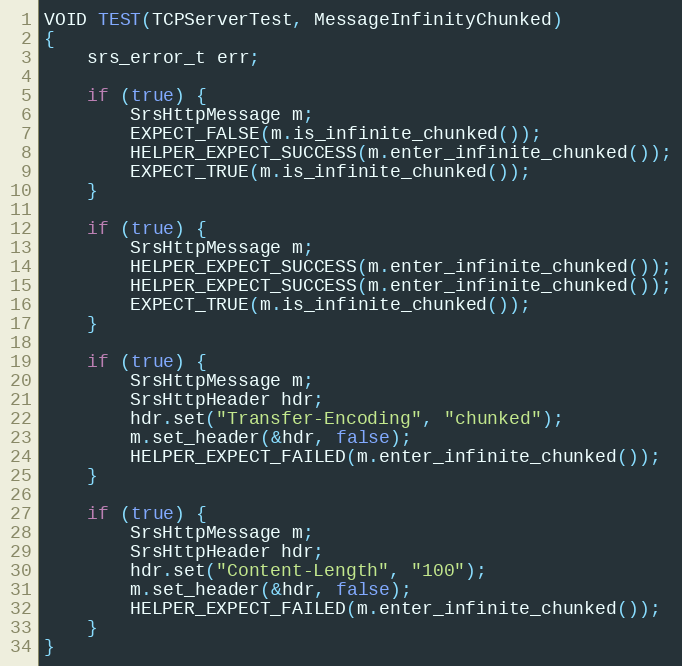
Language: C++
VOID TEST(TCPServerTest, MessageInfinityChunked)
{
    srs_error_t err;

	if (true) {
	    SrsHttpMessage m;
	    EXPECT_FALSE(m.is_infinite_chunked());
	    HELPER_EXPECT_SUCCESS(m.enter_infinite_chunked());
	    EXPECT_TRUE(m.is_infinite_chunked());
	}

	if (true) {
	    SrsHttpMessage m;
	    HELPER_EXPECT_SUCCESS(m.enter_infinite_chunked());
	    HELPER_EXPECT_SUCCESS(m.enter_infinite_chunked());
	    EXPECT_TRUE(m.is_infinite_chunked());
	}

	if (true) {
	    SrsHttpMessage m;
	    SrsHttpHeader hdr;
	    hdr.set("Transfer-Encoding", "chunked");
	    m.set_header(&hdr, false);
	    HELPER_EXPECT_FAILED(m.enter_infinite_chunked());
	}

	if (true) {
	    SrsHttpMessage m;
	    SrsHttpHeader hdr;
	    hdr.set("Content-Length", "100");
	    m.set_header(&hdr, false);
	    HELPER_EXPECT_FAILED(m.enter_infinite_chunked());
	}
}